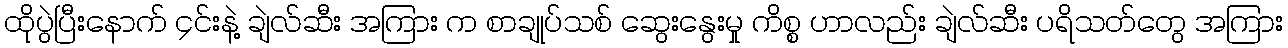
ထိုပွဲပြီးနောက် ၄င်းနဲ့ ချဲလ်ဆီး အကြား က စာချုပ်သစ် ဆွေးနွေးမှု ကိစ္စ ဟာလည်း ချဲလ်ဆီး ပရိသတ်တွေ အကြား